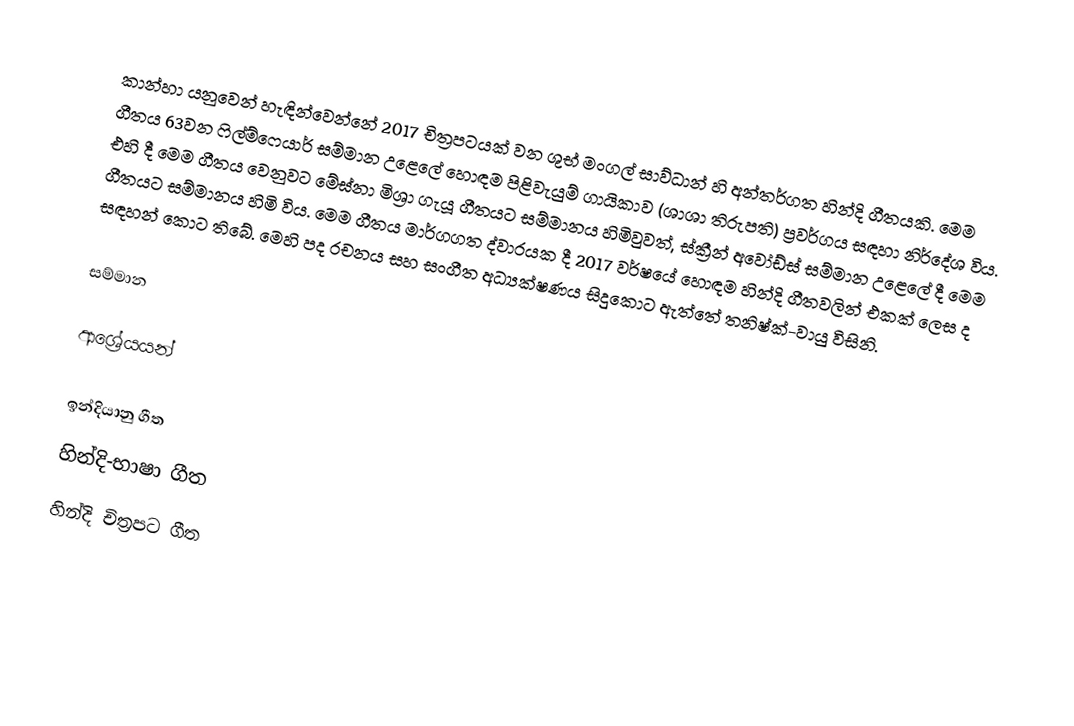
කාන්හා යනුවෙන් හැඳින්වෙන්නේ 2017 චිත්‍රපටයක් වන ශුභ් මංගල් සාව්ධාන් හි අන්තර්ගත හින්දි ගීතයකි. මෙම ගීතය 63වන ෆිල්ම්ෆෙයාර් සම්මාන උළෙලේ හොඳම පිළිවැයුම් ගායිකාව (ශාශා තිරුපති) ප්‍රවර්ගය සඳහා නිර්දේශ විය. එහි දී මෙම ගීතය වෙනුවට මේඝ්නා මිශ්‍රා ගැයූ ගීතයට සම්මානය හිමිවුවත්, ස්ක්‍රීන් අවෝඩ්ස් සම්මාන උළෙලේ දී මෙම ගීතයට සම්මානය හිමි විය. මෙම ගීතය මාර්ගගත ද්වාරයක දී 2017 වර්ෂයේ හොඳම හින්දි ගීතවලින් එකක් ලෙස ද සඳහන් කොට තිබේ. මෙහි පද රචනය සහ සංගීත අධ්‍යක්ෂණය සිදුකොට ඇත්තේ තනිෂ්ක්-වායු විසිනි.

සම්මාන

ආශ්‍රේයයන්

ඉන්දියානු ගීත
හින්දි-භාෂා ගීත
හින්දි චිත්‍රපට ගීත